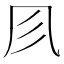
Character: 𠘱